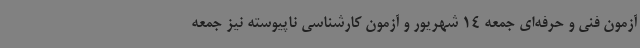
آزمون فنی و حرفه‌ای جمعه 14 شهریور و آزمون کارشناسی ناپیوسته نیز جمعه